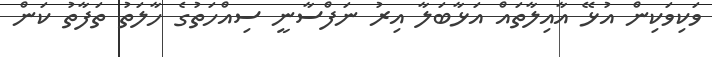
ވަކިވަކިން އުޅޭ އާއިލާތައް އަޅާބަލާ އިރު ނަފްސާނީ ސިއްހަތުގެ ހާލަތު ތަފާތު ކަން